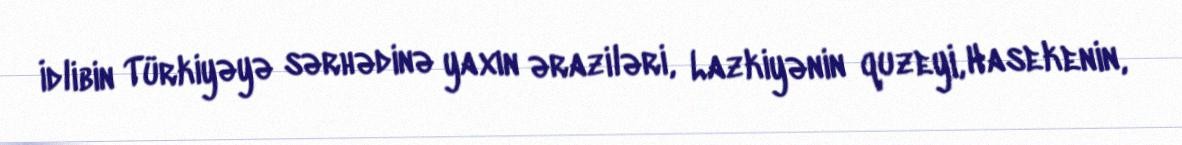
İdlibin Türkiyəyə sərhədinə yaxın əraziləri, Lazkiyənin quzeyi, Hasekenin,